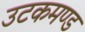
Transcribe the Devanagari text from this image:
उटकमण्ड